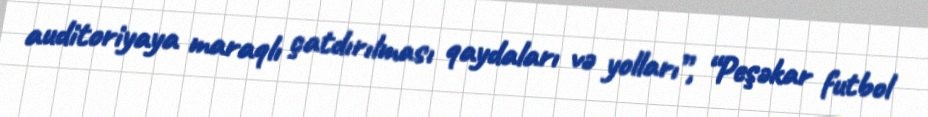
auditoriyaya maraqlı çatdırılması qaydaları və yolları”, “Peşəkar futbol